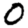
Digit: 0